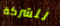
للشركة